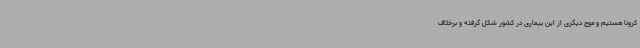
کرونا هستیم و موج دیگری از این بیماری در کشور شکل گرفته و برخلاف